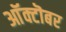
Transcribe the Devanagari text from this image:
आॅक्टॊबर